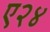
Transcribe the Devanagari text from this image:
ए२४